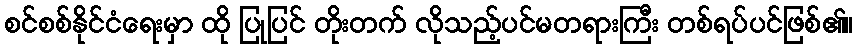
စင်စစ်နိုင်ငံရေးမှာ ထို ပြုပြင် တိုးတက် လိုသည့်ပင်မတရားကြီး တစ်ရပ်ပင်ဖြစ်၏။